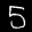
Label: 5